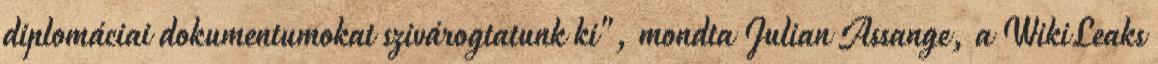
diplomáciai dokumentumokat szivárogtatunk ki", mondta Julian Assange, a WikiLeaks